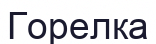
Горелка